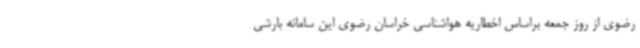
رضوی از روز جمعه براساس اخطاریه هواشناسی خراسان رضوی این سامانه بارشی